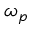
\omega _ { p }